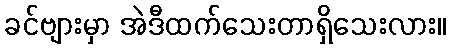
ခင်ဗျားမှာ အဲဒီထက်သေးတာရှိသေးလား။